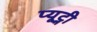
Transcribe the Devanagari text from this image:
प्यूट्नी